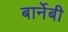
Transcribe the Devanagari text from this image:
बार्नेबी